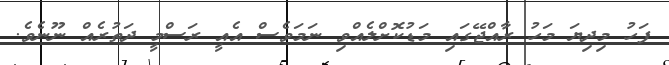
ފަހު މިދިޔަ މަހު ރާއްޖޭގައި މަޑުކޮށްލެއްވި ނަމަވެސް އެއީ ރަސްމީ ދަތުރެއް ނޫނެވެ.